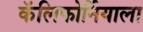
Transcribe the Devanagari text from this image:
कॅलिफोर्नियाला